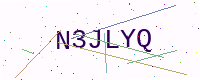
Text: N3JLYQ